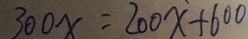
3 0 0 x = 2 0 0 x + 6 0 0